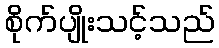
စိုက်ပျိုးသင့်သည်